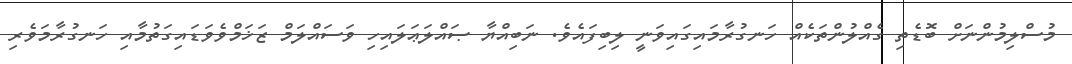
މުސްލިމުންނަށް ބޮޑެތި ގެއްލުންތަކެއް ހަނގުރާމައިގައިވަނީ ލިބިފައެވެ. ނަބިއްޔާ ޞައްލަޢަލައިހި ވަސައްލަމް ޒަޚަމްވެވަޑައިގަތުމާއި ހަނގުރާމަވެރި